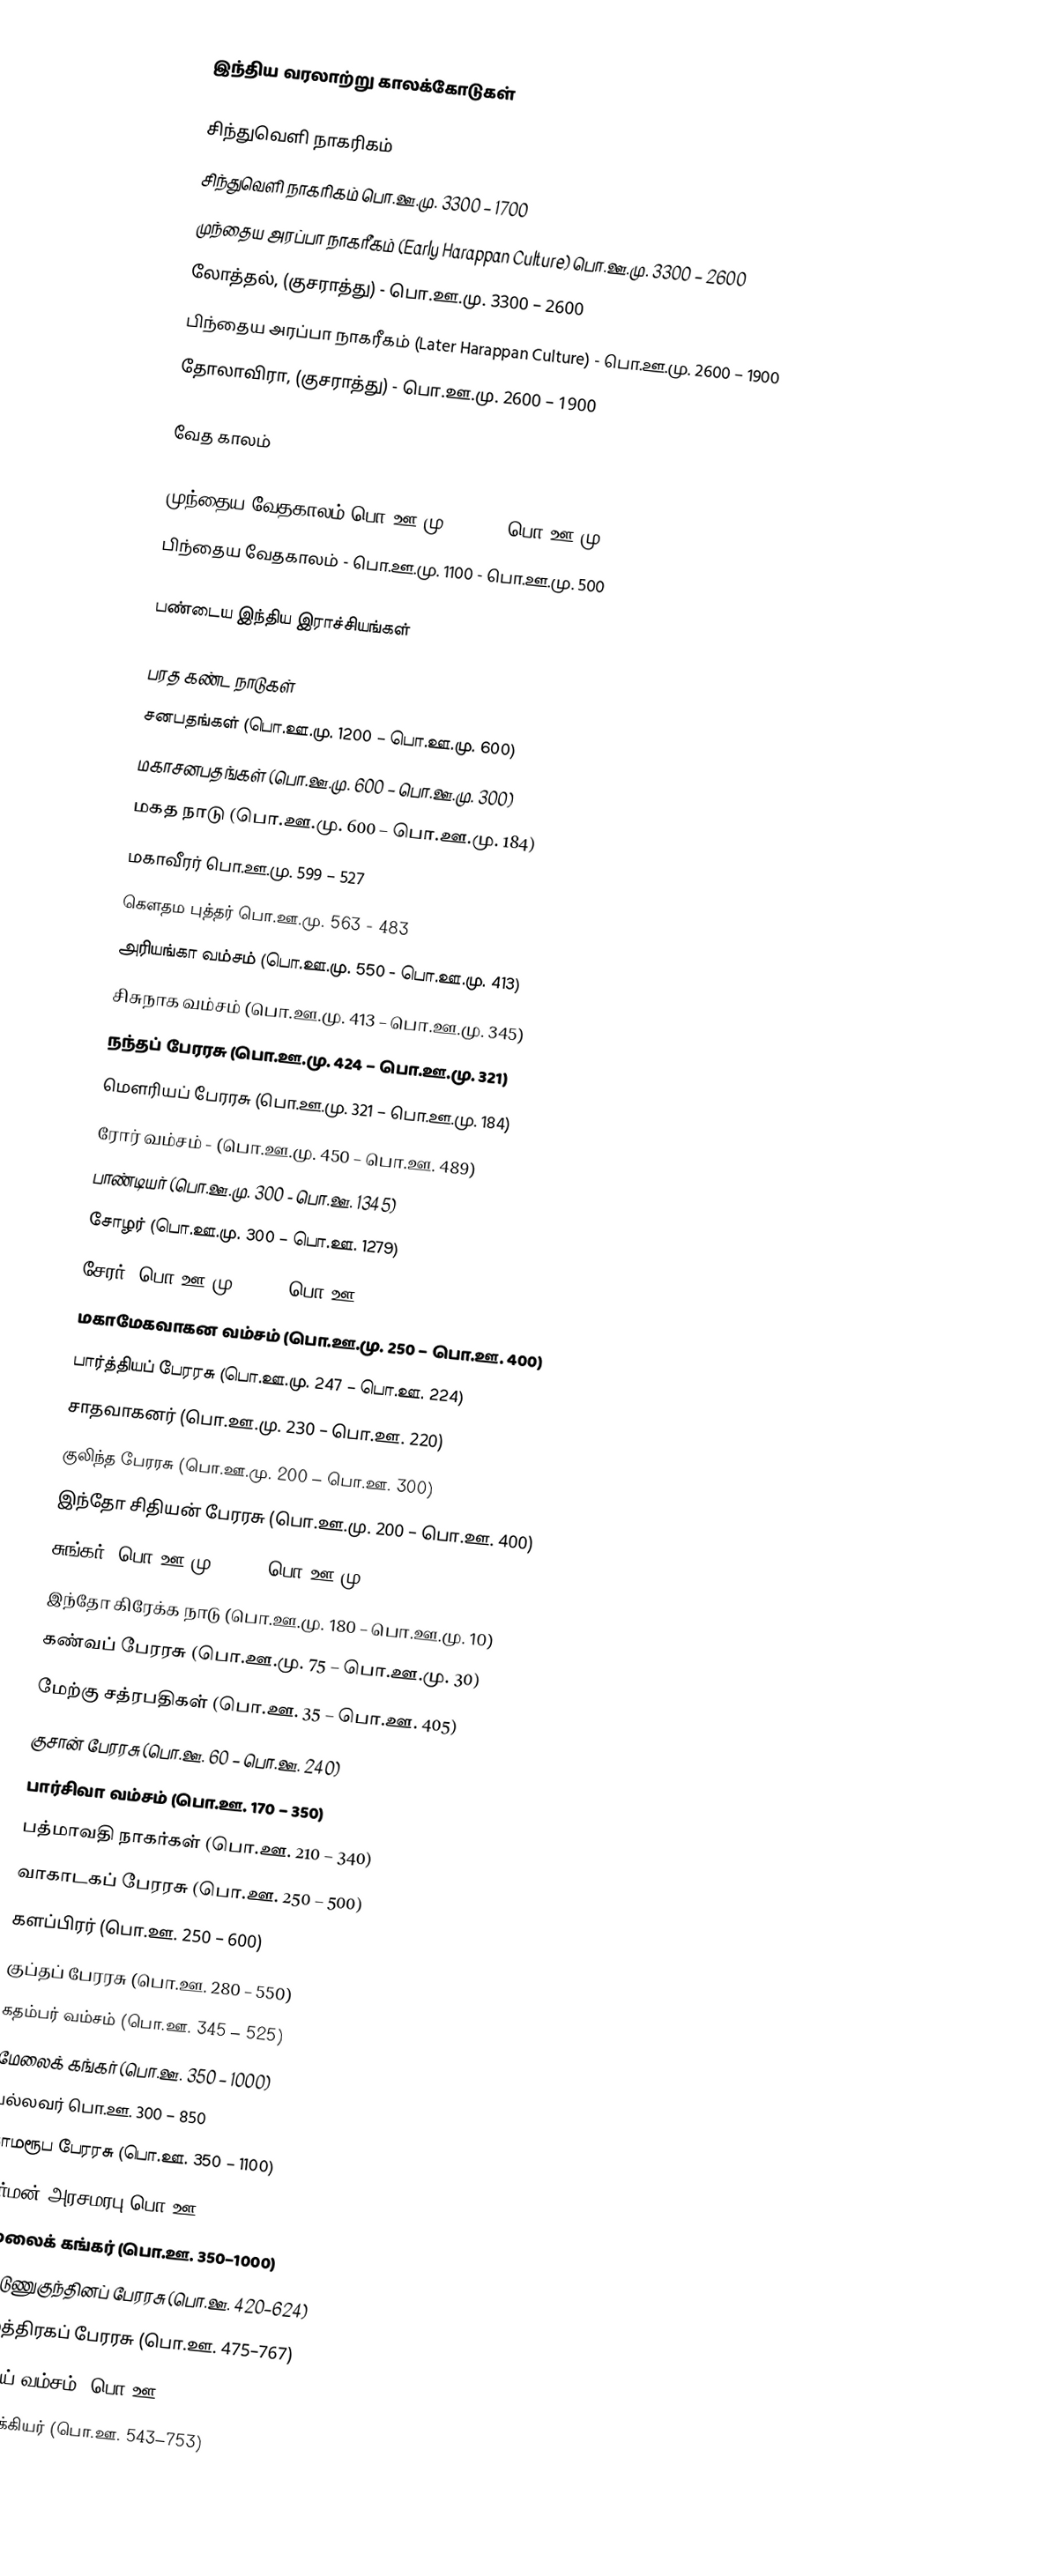
இந்திய வரலாற்று காலக்கோடுகள்

சிந்துவெளி நாகரிகம்
 சிந்துவெளி நாகரிகம் பொ.ஊ.மு. 3300 – 1700
 முந்தைய அரப்பா நாகரீகம் (Early Harappan Culture) பொ.ஊ.மு. 3300 – 2600
 லோத்தல், (குசராத்து) - பொ.ஊ.மு. 3300 – 2600
 பிந்தைய அரப்பா நாகரீகம் (Later Harappan Culture) - பொ.ஊ.மு. 2600 – 1900
 தோலாவிரா, (குசராத்து) - பொ.ஊ.மு. 2600 – 1900

வேத காலம்

 முந்தைய வேதகாலம்  பொ.ஊ.மு. 1750 - பொ.ஊ.மு. 1100
 பிந்தைய வேதகாலம் - பொ.ஊ.மு. 1100 - பொ.ஊ.மு. 500

பண்டைய இந்திய இராச்சியங்கள்

 பரத கண்ட நாடுகள்
 சனபதங்கள்  (பொ.ஊ.மு. 1200 – பொ.ஊ.மு. 600)
 மகாசனபதங்கள்  (பொ.ஊ.மு. 600 – பொ.ஊ.மு. 300)
 மகத நாடு  (பொ.ஊ.மு. 600 – பொ.ஊ.மு. 184)
 மகாவீரர் பொ.ஊ.மு. 599 – 527
 கௌதம புத்தர் பொ.ஊ.மு. 563 - 483
 அரியங்கா வம்சம்  (பொ.ஊ.மு. 550 - பொ.ஊ.மு. 413)
 சிசுநாக வம்சம்          (பொ.ஊ.மு. 413 – பொ.ஊ.மு. 345)
 நந்தப் பேரரசு  (பொ.ஊ.மு. 424 – பொ.ஊ.மு. 321)
 மௌரியப் பேரரசு  (பொ.ஊ.மு. 321 – பொ.ஊ.மு. 184)
 ரோர் வம்சம் - (பொ.ஊ.மு. 450 – பொ.ஊ. 489)
 பாண்டியர்   (பொ.ஊ.மு. 300 - பொ.ஊ. 1345)
 சோழர்  (பொ.ஊ.மு. 300 – பொ.ஊ. 1279)
 சேரர்  (பொ.ஊ.மு. 300 – பொ.ஊ. 1102)
 மகாமேகவாகன வம்சம்  (பொ.ஊ.மு. 250 – பொ.ஊ. 400)
  பார்த்தியப் பேரரசு  (பொ.ஊ.மு. 247 – பொ.ஊ. 224)
 சாதவாகனர்  (பொ.ஊ.மு. 230 – பொ.ஊ. 220)
 குலிந்த பேரரசு (பொ.ஊ.மு. 200 – பொ.ஊ. 300)
 இந்தோ சிதியன் பேரரசு  (பொ.ஊ.மு. 200 – பொ.ஊ. 400)
 சுங்கர்  (பொ.ஊ.மு. 185 –  பொ.ஊ.மு. 73)
 இந்தோ கிரேக்க நாடு  (பொ.ஊ.மு. 180 – பொ.ஊ.மு. 10)
 கண்வப் பேரரசு  (பொ.ஊ.மு. 75 – பொ.ஊ.மு. 30)
 மேற்கு சத்ரபதிகள்  (பொ.ஊ. 35 – பொ.ஊ. 405)
 குசான் பேரரசு  (பொ.ஊ. 60 – பொ.ஊ. 240)
 பார்சிவா வம்சம்  (பொ.ஊ. 170 – 350)
 பத்மாவதி நாகர்கள்   (பொ.ஊ. 210 – 340)
 வாகாடகப் பேரரசு  (பொ.ஊ. 250 – 500)
 களப்பிரர்  (பொ.ஊ. 250 – 600)
 குப்தப் பேரரசு  (பொ.ஊ. 280 – 550)
 கதம்பர் வம்சம்  (பொ.ஊ. 345 – 525)
 மேலைக் கங்கர்  (பொ.ஊ. 350 – 1000)
 பல்லவர்  பொ.ஊ. 300 –  850
 காமரூப பேரரசு  (பொ.ஊ. 350 – 1100)
 வர்மன் அரசமரபு   பொ.ஊ. 350 - 650
 மேலைக் கங்கர்  (பொ.ஊ. 350–1000)
 விட்டுணுகுந்தினப் பேரரசு  (பொ.ஊ. 420–624)
 மைத்திரகப் பேரரசு   (பொ.ஊ. 475–767)
 இராய் வம்சம்   (பொ.ஊ. 489–632)
  சாளுக்கியர்  (பொ.ஊ. 543–753)